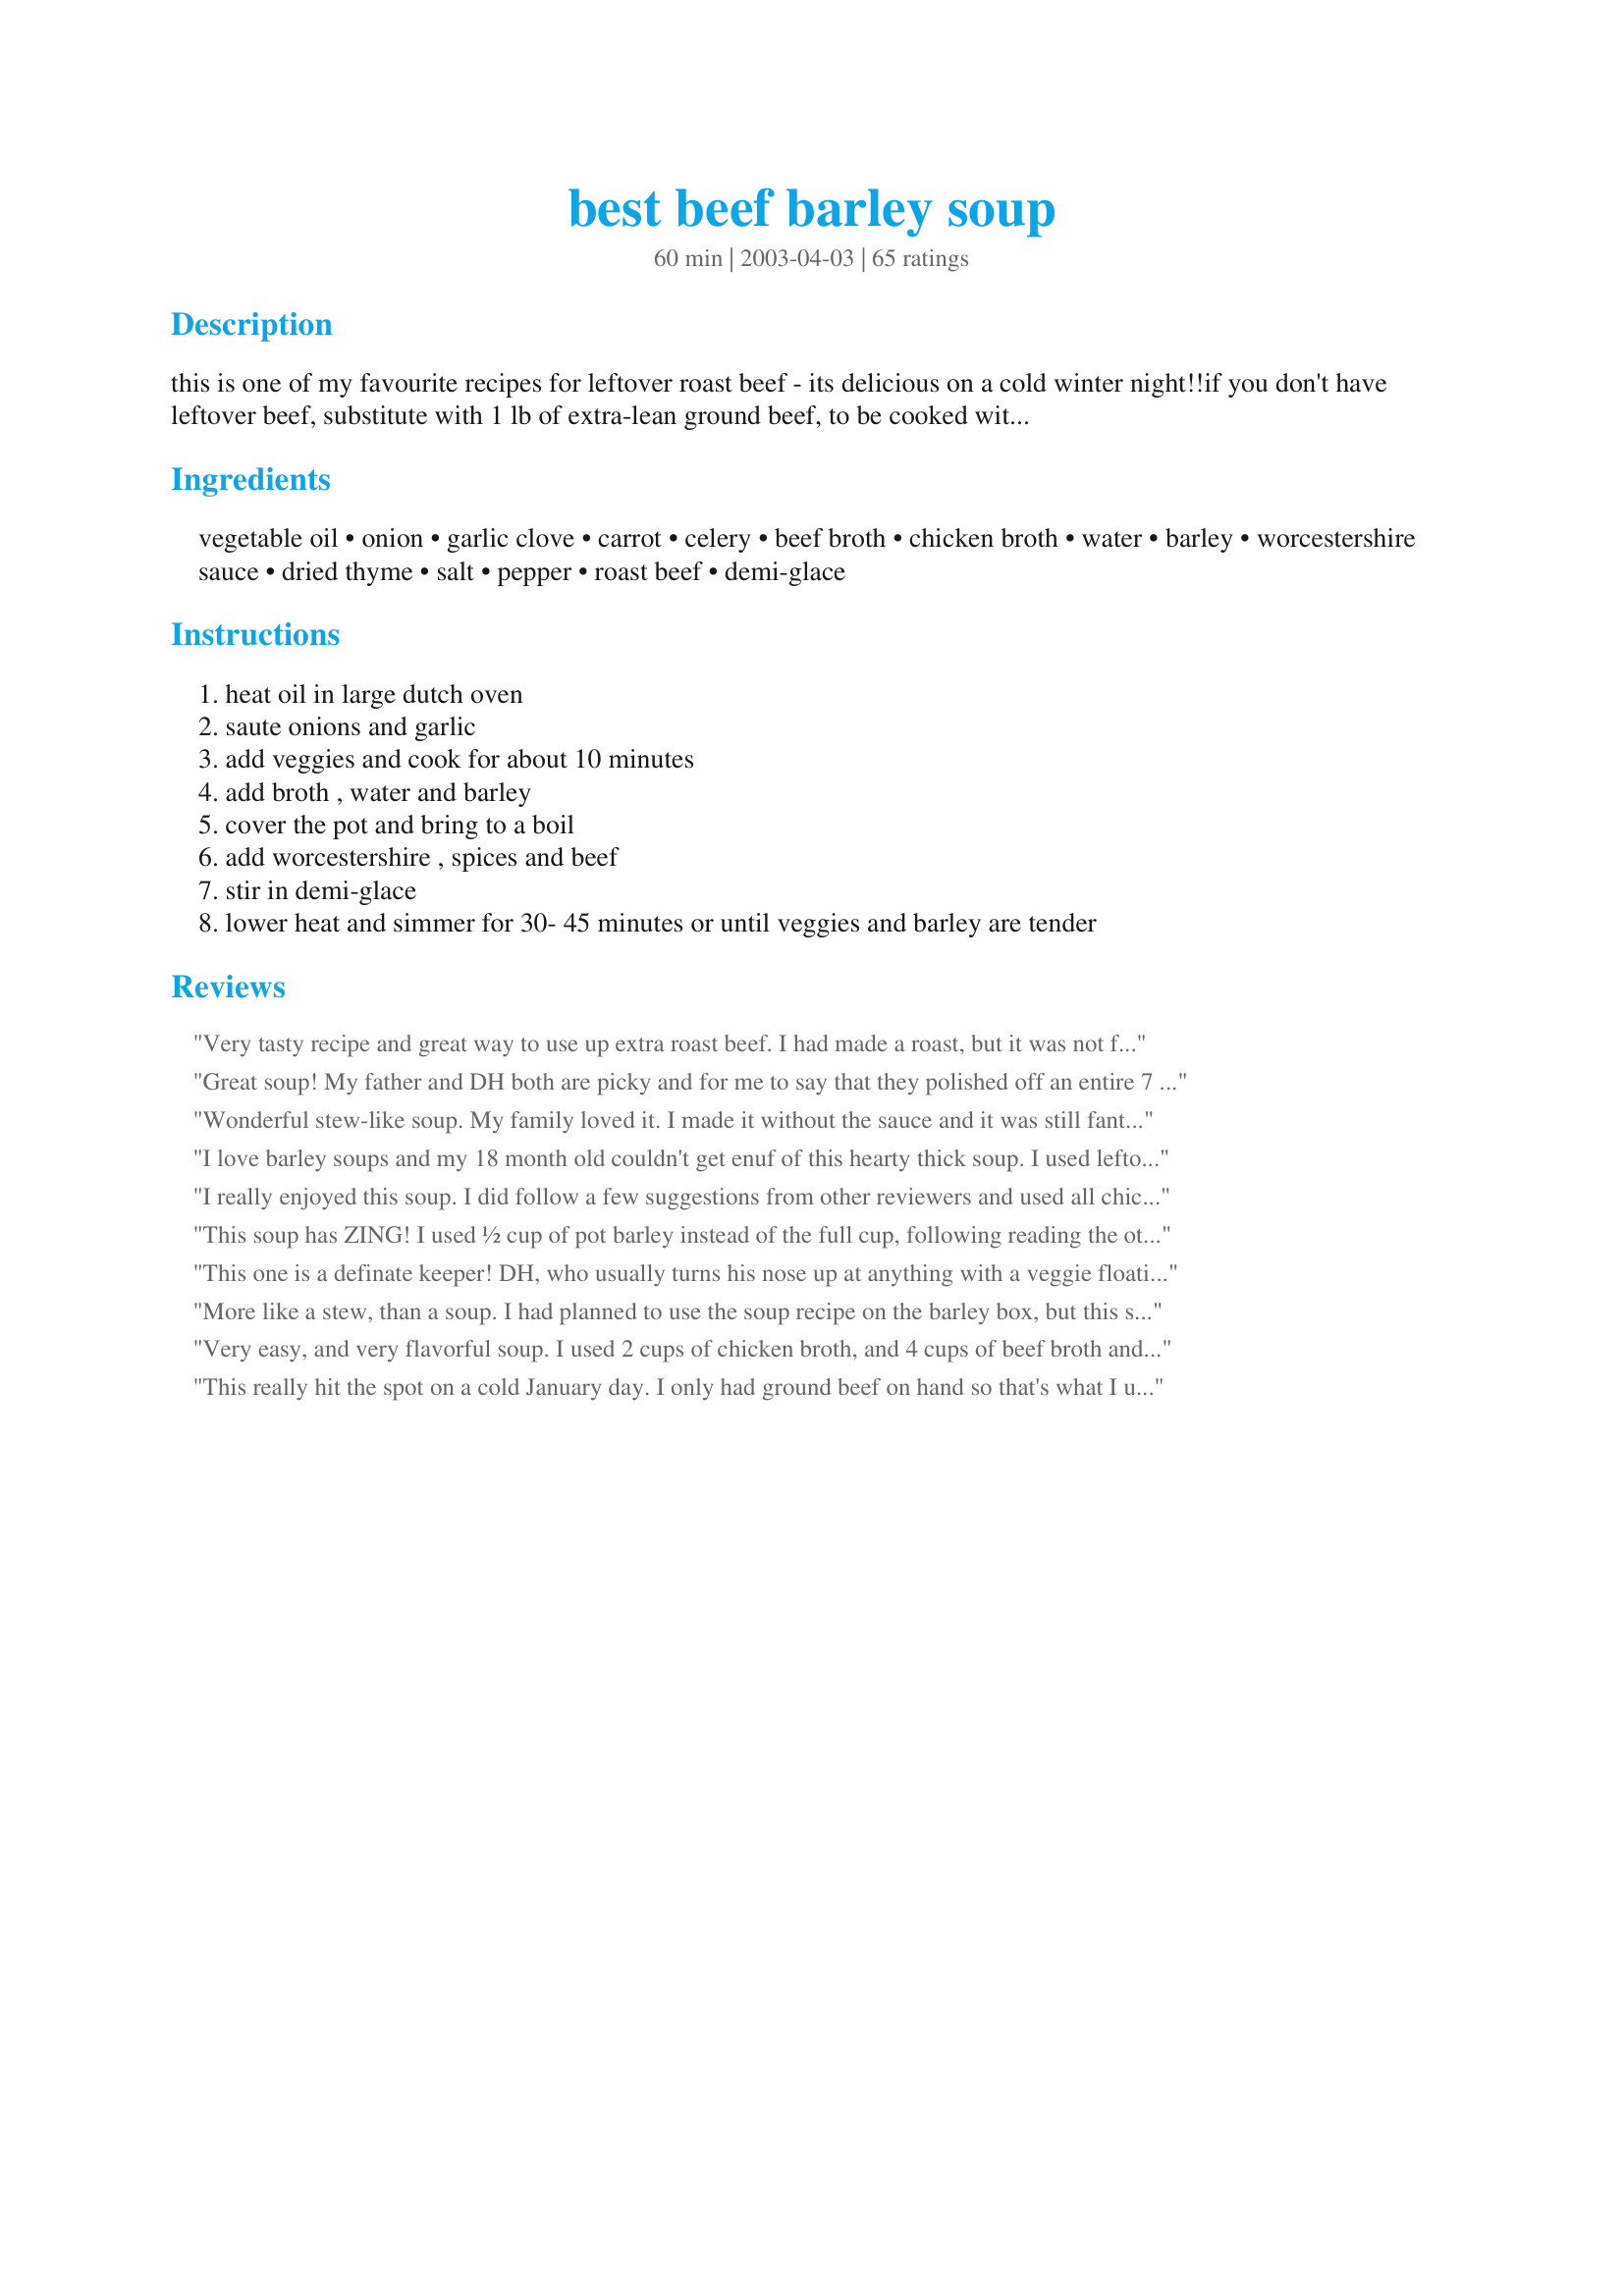
best beef barley soup
Preparation time: 60 minutes

this is one of my favourite recipes for leftover roast beef - its delicious on a cold winter night!!if you don't have leftover beef, substitute with 1 lb of extra-lean ground beef, to be cooked with the onions. "demi glace" or "au jus" can be found with the prepackaged gravies & sauces in the supermarket - you just won't get the same great flavour if you omit it!!

Ingredients:
vegetable oil, onion, garlic clove, carrot, celery, beef broth, chicken broth, water, barley, worcestershire sauce, dried thyme, salt, pepper, roast beef, demi-glace

Steps:
heat oil in large dutch oven, saute onions and garlic, add veggies and cook for about 10 minutes, add broth , water and barley, cover the pot and bring to a boil, add worcestershire , spices and beef, stir in demi-glace, lower heat and simmer for 30- 45 minutes or until veggies and barley are tender

Reviews:
Very tasty recipe and great way to use up extra roast beef. I had made a roast, but it was not flavorful at all, so opted to use this. I accidentally used the 2/3 cup instead of two 1/2 cups for the barley (numbers are smudged!), so mine really turned out more like a casserole, but that was definitely my mistake! It was good that way, too, and since I already had so much, I didn't add extra broth. Yum!
Great soup! My father and DH both are picky and for me to say that they polished off an entire 7 quart slow cooker worth in about an hour is quite the praise. I served it with pumpernickel rye bread that I baked and whipped butter, they were perfect, nice thick sauce to stick to the bread! Gotta love when fellow ontarians make the best soup around!
Wonderful stew-like soup. My family loved it. I made it without the sauce and it was still fantastic. It didn't have much broth but we didn't mind.
I love barley soups and my 18 month old couldn't get enuf of this hearty thick soup. I used leftover moose roast from crockpot #25508 with the au jus.Keeper!
I really enjoyed this soup. I did follow a few suggestions from other reviewers and used all chicken and beef broth, omitting the water and demi-glace. I'm also not a huge fan of worstershire sauce, so I left that out as well. Although I didn't follow the recipe exactly as posted, I thought it worked well. I'll make this again for sure. Thank you for posting a very easy to prepare and enjoyable keeper.
This soup has ZING! I used ½ cup of pot barley instead of the full cup, following reading the other reviews. I also used 2 cups of water and 2 carrots... and it was the perfect consistency. My husband went back for seconds, and said "This recipe's a keeper!" - not something he usually says when I try new recipes!
This one is a definate keeper! DH, who usually turns his nose up at anything with a veggie floating in it, had 3 bowls! My 8 yo and 5 yo twins even loved it. Due to constant morning sickness I could only have a little, but it was de-lic-ious. I'm anticipating the day when my tummy finally settles down and I can scarf this properly! ;P I used a lb of ground round for the beef. And I heeded the advice of other reviewers and doubled the juice, and only put in 3/4 cup pearl barley. This made the perfect amount and consistany of broth. My grocery store only had the au jus mix so I used that. I fixed brown-and-serve rolls and they were perfect for dipping in the yummy broth. Five stars all the way! Thanks for the great recipe!
More like a stew, than a soup. I had planned to use the soup recipe on the barley box, but this sounded much better. I used ground beef, and added a small bag of frozen mixed vegetables.
Very easy, and very flavorful soup. I used 2 cups of chicken broth, and 4 cups of beef broth and omitted the water and au jus mix. This was a great way to use up leftover roast beef. The barley made it extra hearty and perfect for a cold winter night.
This really hit the spot on a cold January day. I only had ground beef on hand so that's what I used but we all still loved it. I knew the barley tends to keep swelling and absorbing so I 2X the liquid and flavorings so we would have lots of good broth. I also thickened it just a little when it was done cooking with 1Tbsp of cornstarch to make that nice stick to your spoon type of broth. We will definitely be using this recipe often. Thanks for sharing it.
So I didn't have the au jus mix. I just didn't add it and it came out fine without it. I also only had one chicken broth can and had 3 cans of beef broth instead. I added more carrots and celery and the rest was pretty much following the recipe. I did brown the beef before I put it in the pot and put the spices and worstecher(sp?) sauce in the pot while browning. I prefer doing things this way. It made the meat very tender.
I used Better Than Bouillon, both beef and chicken, it&#039;s lower in sodium than most so I used it instead of the 1 12 cups of water, too. I read the reviews and used a rounded 1/2 cup of barley. The beef was some thinly sliced Sirloin Tip roast from a dinner a couple days ago. I didn&#039;t add the 1 tsp of salt, I decided to let people add to taste in their bowls. Despite my messing around with the recipe it turned out delicious! This is a great way to use up some leftover roast beef. Thanks for posting this.&lt;br/&gt;I vacuum sealed and froze the rest of the roast, I&#039;m saving it for Yakamein. Yum.
Sorry, this wasn&#039;t good as written. I had to add 2 more cups of beef broth and it was still a stew. It tasted great, but WAY too much barley. I dint think there&#039;s any need for the packaged au jus either. I had it and wished I hadn&#039;t added it
What a wonderful way to use up that leftover roast. I went with the recipe and used au jus mix, because that is the one I found when shopping. This past week when I went to restock the au jus I happened to glance down the aisle and found the demi-glace which I will try next time around. This wonderful combination made for a great tasting soup. When it came to reheating I simply added more broth. Thank you CountyLady for a recipe that had me turn my left over roast into a delicious supper soup.
SO GOOD! First time making this and is it ever a keeper! I made a few changes - added a total of 4 cups chicken broth just because I wanted to use up the other half of the carton; added more celery &amp; carrots, and whisked in about a tbsp of tomato paste. I also cooked the barley separately and added to each serving as we ate it so the barley wouldn&#039;t absorb all the broth - will definitely do that again next time. Great way to use up leftover roast beef! The only thing I didn&#039;t like was the use of the au jus/demi-glaze. I used a packet of au jus and while it did definitely add a great depth of flavour (which we enjoyed), I really didn&#039;t like adding all that sodium to the soup. Will try to figure out more natural way around that for next time. Already looking forward to my next bowl!
This was a real hit! My nine year old gave it a "9" on a scale from one to ten. I agree! I must've taste-tested this twenty times..."ooo, this is good, but I better taste it again just to be sure." My kids weren't fooled! They came to the table right away when I called them (this is rare!) The only changes I will make next time: half the barley and/or double the broth, water and au jus. As is, the barley soaked up all the wonderful broth and I didn't have much to dip my bread into. I did add more carrots and celery, just cuz I love the flavor. Awesome for Wisconsin freezing winters and rainy spring days...and just when we want something hearty!
I used this recipe as a base recipe. The veggies I added were lima beans, peas, corn, carrots, onion, and green beans. I also added 1 can of crushed tomatoes. The spices I added were thyme, garlic, rosemary, basil, salt and pepper. I added a couple dashes of worcestershire sauce, 2 small few ounce cans of spicy V8, and 1 envelope of au jus mix. I decided to add chicken broth, beef broth and some "Better than bouillon beef flavored". I added approx 1- 1 1/2 cups barley too along with the beef. I was very pleased with how this turned out.
This was a good use for some leftover tri tip!
Very easy to make, and really good tasting. After reading other's reviews, I added cooked barley rather than uncooked, so that it did not absorb so much of the great tasting broth. Freezes very well.
First of all, I used beef left over from recipe #30484 Chicago Italian Beef. Secondly, I used all broth (chicken and beef) instead of water and elminated the salt. I also did not use the aujus as I thought it might make it too salty. Having said all that, this is a delicious and hearty soup. Next time I will use the water instead of all broth to see how it turns out.
Very tasty!! I needed a soup recipe for leftover roast, and this fit the bill. I added some small pasta instead of barley at the request of my daughter. It was polished off in no time! Thanks for posting!
I made this with ground beef as I wanted to make it today and didn't have time to make pot roast. Doesn't need it. FANTASTIC soup. It's gotten really cold here and this was perfect for today, plus we're fighting colds. Just what we needed. Will be adding this one to my Over the Top Cookbook.
very tasty soup. I had leftover fondue meat so i browned it and used it for this recipe.thanks
Yes,CL this is theeee best beef barley soup! I roasted some beef bones with lots of meat on them, then drained the fat off and followed the recipe. Added 3 carrots and some mushrooms, IT WORKED!!
A delicious, hearty soup!
Loved this soup!! I was swayed by the reviews. I've tried a slew of recipies for B.B. soup, and was never satisfied. I loved this one! The only change I made was adding a 14.5 oz. can of diced tomatoes. The family loved it ! Thanks!!
I made this last night, it was fabulous! I had leftover beef brisket, so I used that, and used a sprig of fresh thyme as I had it on hand. Super easy and my picky husband loved it. I added some of water at the end as I left it on a bit long by mistake and it was a bit thick. this is going to be my go to soup for winter.
I might try again and add the red wine. I also used the demi-glace and also scraped the bottom of the pan from my beef roast into the pan too, so it was a bit salty and herby. Next time, i will make the roast with no herbs if I'm going to use the demi-glace. Maybe it will come out better.
This soup is sooo good. I added 3/4 cup of barley and found that was perfect. I also used about half the amount of salt.I used leftover (frozen) roast beef. So easy to make.This recipe will be on the top of my soup list for sure. Thank you so much for this recipe.
Doubled the recipe for 20 people at Christmas and all raved about it. Freezes very well.
Very yummy and a great way to use leftover roast beef! I halved the barley and skipped the demi-glace mix, though did find it needed additional Worcestershire, a bit of soy sauce, and salt to compensate. Froze the leftovers in individual servings and have been enjoying the delicious soup for lunch. Thanks for sharing the recipe!
Wonderful flavor to this soup. I used some leftover meat and juice (http://www.food.com/recipe/nates-italian-beef-404781) but made half a recipe as written.
I had a craving for beef barley soup and this was a homerun. I doubled the recipe, although I kept the Worcestershire to 3 tbsps, and did only add one package of demi glaze and used beef broth as that was what I had on hand and don't think it would change the flavour too much. This will definitely be on my list to make again.
In order to give a fair review, I made the recipe as posted (originally); however, as other postings have indicated, the barley soaks up all the juice and it got too thick, so I had to add more beef stock. The soup has lots of flavour and the carrots give it nice colour! When I make it again, I will add less barley (perhaps 3/4 cup) and more stock.
This soup received mixed reviews. As others reported, the barley soaked up all the broth. Since I like a thick soup anyways, this was no big deal. My daughter looked in the pot and commented on it. I offered to put in more broth, but decided not to. Turns out, it is probably a good thing I didn't, because the soup had too much of something in it...not sure what, but it was too spicy. It could have been the seasonings on the roast beef combined with the seasonings in the soup. I don't know. She didn't finish hers. No one else in the family eats beef, so I've got a big pot of soup to finish off over the rest of the week.. Going back to the broth issue, I ended up added straight water to thin out the soup, and this also toned down the spicy flavor, leaving a nice mild flavor. It is not that I don't like the soup....I do...in fact I don't much mind that I will have to eat the entire pot myself :)
Follow this recipe and you won't end up with soup. Barley was underdone. Too salty. Not enough water/broth or too much barley.
This is an excellent way to use up left over roast beef. I think the quality of the stock is very important here.
As we had no celery I used mushrooms. As the left over meat was very tender, I threw it in the soup in the last 5 minutes.
This was so tasty! I had quadrupled the recipe and followed it almost to a T. I strayed only because I didn't have quite enough barley on hand. I wound up being about half a cup short. I love that it was for already cooked meat, what a wonderful way to use left over beef!
Excellent soup and so easy to make! I did add 2 carrots (instead of one) and two stalks celery (instead of just one) and cut the barley back to 3/4 cup after reading the reviews. The soup was perfect for this chilly damp fall day. The (grown up) kids went back for seconds and the little ones enjoyed it too. There is enough left for a couple more servings and I will definitely enjoy the soup on the 2nd go-round! Thanks for a great recipe!
This was a "best" beef barley soup. Had a bit of round steak so diced it and cooked with the onions. Used half the barley as some others recommended, and skipped the demi-glace. It was a make ahead and frozen for a busy night later, so by the time we had it the flavors had all melded wonderfully.
Good Soup! Will be making again this weekend for my husband. Next time I will cut the pepper down - just a little much for me but was still very good!
Wonderful recipe!! Bought thin-cut round steak, diced it, and browned it in 1 TBS vegetable oil with 1/2 tsp granulated garlic. Then added the onion and minced garlic (1-1/2 tsp). I increased the liquid to 4 cups each, chicken and beef broth (used no water), and used 3 large carrots and 2 celery stalks as other had suggested. I followed everything else exactly. Whole family loved it! Little too salty, but that's probably due to the adjustments I made. Next time will either use low-sodium broths, dilute with water, or eliminate the demi-glace and/or Worcestershire sauce. Great with hot rolls on a cold night!
As mentioned in another review, the barley soaked up all the broth. I had just a big pan of beef flavored barley. I had to add 3 more cans of broth to make it close to soup. A good flavor though.
Very good! I made the recipe as directed using leftover pot roast and some short ribs for extra flavor. I will make this again.
The worst soup I have ever made. Ihat the flavor of prepackaed gravy or sauces. No one liked it in my group.
I love beef barley soup and this recipe caught my eye because of the reviews and the fact that it is not tomato-based. This morning I cut up a chuck roast, browned it, saut&eacute;ed onions and some garlic, and put all of the ingredients in my crock pot on high. I used 4 cups of beef stock (low sodium), no water, a whole cup of barley and a bag of frozen mixed vegetables. BF and I had two bowls of this hearty soup for lunch - it was delicious. May have to add some liquid tomorrow, but will definitely make it again. Thank you!
Delicious fer sure!! What a wonderful meal in itself! I stayed true to the recipe, just adding another carrot and an extra drop or two of Worchesterire sauce. Serve with homemade hot rolls. A definite keeper! Thank you countrylady!!! -Monie
A really good soup here. I added mushrooms along with extra carrot and celery, doubled the broth, and left out the extra salt. It was really quite good. Adding a thickener at the end, as previously suggested, might be just that final touch.
Mmmmm....warm and comforting. I made this for our first pot of soup for this winter and it was wonderful. We love barley so this was a great choice for us. Thank you for sharing it with us.
Tried your soup my family loved it! Used leftover roast from Xmas! I work part-time @ a snow camp in sothern Ontario Canada I know nhe boys are going to love it!
I also used the slow cooker method. It tasted great and was easy to make. I cut up the vegetable, including 2 stocks of celery and 3 carrots, Sunday night. I soaked 1/2c of barley overnight and used 4 cups of water and 1 pkg each of beef and chicken boullion. I used 2 cups of cubed left over roast beef. I left it in the slow cooker on high for about 8 hours. When we got home at the end of the day, the house smelled great and soup was devoured. Great recipe which will respond well to any kind of adjustment.
Wow!! This was fantastic. I made it in my 6 quart Rival slow cooker and was able to get 14 servings from this recipe. My family of five all had two bowls. I did make a few adjustments. I addded 1 teaspoon of crushed garlic, used 3 large carrots, 2 stalks of celery. I got everything ready the night before and just plug in the slow cooker in the morning. Cooked it on low for 10 hours. The flavor was fabulous. Next time, I might add 1/2 cup of red wine. Thanks for posting.
I LOVE IT LOVE IT LOVE IT. Beef-Barley soup is my all time favourite and always order it in restaurants when on the menu. I could never quite get a recipe I really "liked", until this one. Thanks for your posting. I made this (just to have around), and we ate the whole pot. Delicious.
Very good soup. It was just the recipe I was looking for, easy to make and not expensive!
I did end up adding an extra three cups of chicken and beef broth because there was too much barley!!!
I should have read the other reviews. Next time I will cut the barley in half.

Thanks for posting :)
Good soup! I was looking for a way to use up some leftover roast beef. I left off the worcestershire and increased the salt and didn't have barley so I used 1/2 c. pinto beans and 1/2 c. black eyed peas. Thanks for posting it
This soup was very good and I&#039;ll be making it again, with one adjustment. The 2 teaspoons of worcesterhire were too much for my taste (too tangy). I might leave it out or just add 1/2 teaspoon next time. As suggested by other reviewers, I only added 1/2 cup of barley and that amount was perfect. I also added more celery and carrots.
This was so tasty. I tasted it before I added the Au Jus mix and I actually preferred the taste beforehand. The Au Jus seemed to make it a bit salty for our taste. This was a great recip...thanks for sharing.
WOW this soup was GREAT!!! the kids loved it and it was a super easy way to use up left over roast dinner. I added mushrooms to the soup, as well i added more veggies and a bit more water since the calling for the barley was a cup.. all in all this is a great easy dinner option that can be tweaked in so many ways and work with what you have on hand.. i will definately be making this again!! thanks!
Good stuff! We enjoyed this.
I have made this delicios soup many times already and thought I had reviewed it. I usually add alot more veggies but follow the rest of the recipe. Be sure NOT to leave out the au jus it really makes this soup. My family asks me to make this one so it really must be good. Thanks so much for posting!!!
I used hamburger---very tasty soup!
I was looking for a simple good beef barley soup and I found it. I made it for my family. It was a hit and didnâ€™t last long. I recommend adding a little bit more water if needed. Thanks!!!
We've made this a few times and love it! We add extra veggies (carrots, celery, mushrooms) and we end up adding more broth or water at the end too. Thanks!!
Barley is not my favorite but I liked this very much. Dh loves Beef Barley soup. A 5* from him. I will have some leftover roast beef this week & will be making it again. Thank you CountryLady.
This was really good. The only changes I made was to add a cup of frozen mixed vegetables as well as cooking the barley separately and rinsing it before adding. I find when the barley cooks in with the soup it becomes too slimy.
Fantastic! Wonderful flavor, so rich. It was easily to make and I didn't change a thing! My family loved it and I will keep it as a "regular" in the recipe file. Thanks!
